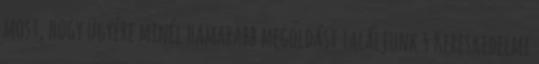
most, hogy ügyére minél hamarabb megoldást találjunk § Kereskedelmi